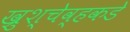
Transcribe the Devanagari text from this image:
ख्रुश्चेव्हकडे